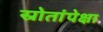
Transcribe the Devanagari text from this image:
स्रोतांपेक्षा